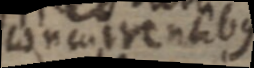
concurrentibus